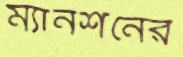
ম্যানশনের